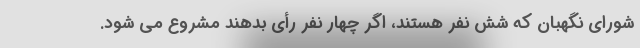
شورای نگهبان که شش نفر هستند، اگر چهار نفر رأی بدهند مشروع می شود.